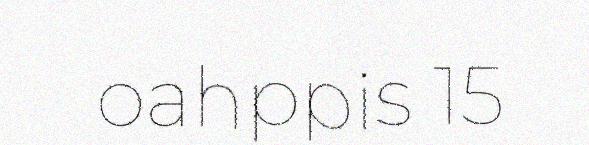
oahppis 15